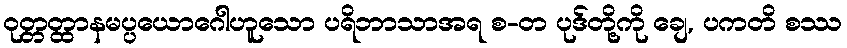
ဝုတ္တတ္ထာနမပ္ပယောဂေါဟူသော ပရိဘာသာအရ စ-တ ပုဒ်တို့ကို ချေ, ပကတိ စဿ